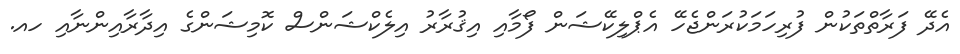
އެދޭ ފަރާތްތަކުން ފުރިހަމަކުރަންޖެހޭ އެޕްލިކޭޝަން ފޯމާއި އިޤުރާރު އިލެކްޝަންސް ކޮމިޝަންގެ އިދާރާއިންނާއި ހއ.